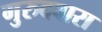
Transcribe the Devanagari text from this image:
गुरुदवारा